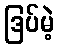
ဒြပ်မဲ့